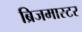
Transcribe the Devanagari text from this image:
ब्रिजमास्टर